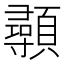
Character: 䫮